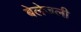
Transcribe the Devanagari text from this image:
बेलेजली